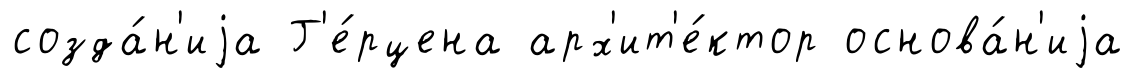
созда́н'иjа Г'е́рцена арх'ит'е́ктор основа́н'иjа